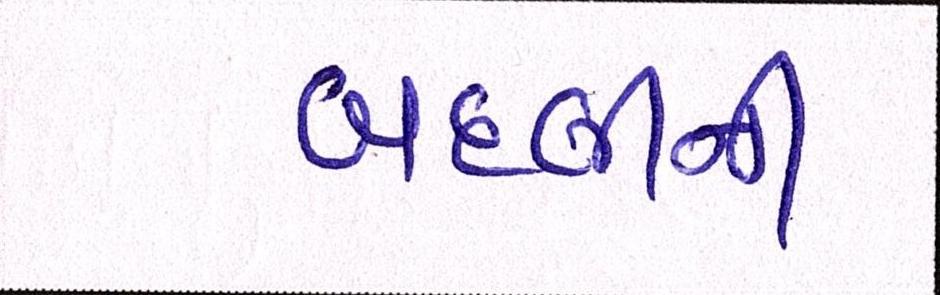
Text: બદલીની